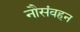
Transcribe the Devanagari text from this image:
नौसंवहन